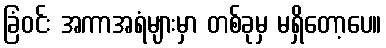
ခြံဝင်း အကာအရံများမှာ တစ်ခုမှ မရှိတော့ပေ။